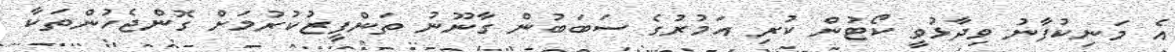
އެ މަނިކުފާނު ވިދާޅުވީ ކޯޓުން ކުރި އަމުރުގެ ސަބަބުން ގާނޫނު ތަންފީޒުކުރުމަށް ގޮންޖެހުންތަކާ